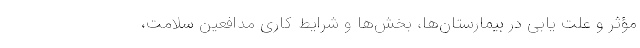
مؤثر و علت یابی در بیمارستان‌ها، بخش‌ها و شرایط کاری مدافعین سلامت،